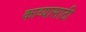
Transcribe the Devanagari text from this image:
काव्यासाठी